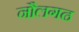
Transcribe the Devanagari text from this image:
नौलगढ